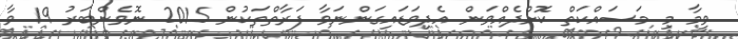
ވީމާ މި މަސައްކަތް ކޮށްދެއްވަން އެދިވަޑައިގަންނަވާ ފަރާތްތަކުން 2015 ނޮވެންބަރު 19 ވާ